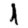
Digit: 1